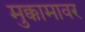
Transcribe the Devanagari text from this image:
मुक्कामावर